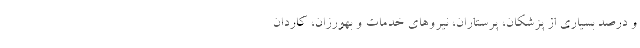
و درصد بسیاری از پزشکان، پرستاران، نیروهای خدمات و بهورزان، کاردان